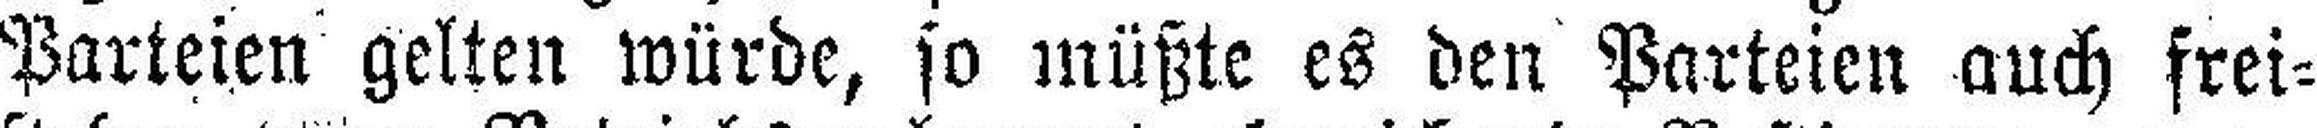
Parteien gelten würde, so müßte es den Parteien auch frei¬